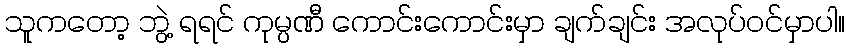
သူကတော့ ဘွဲ့ ရရင် ကုမ္ပဏီ ကောင်းကောင်းမှာ ချက်ချင်း အလုပ်ဝင်မှာပါ။